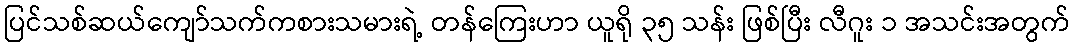
ပြင်သစ်ဆယ်ကျော်သက်ကစားသမားရဲ့ တန်ကြေးဟာ ယူရို ၃၅ သန်း ဖြစ်ပြီး လီဂူး ၁ အသင်းအတွက်